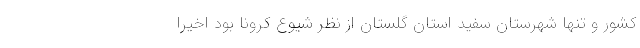
کشور و تنها شهرستان سفید استان گلستان از نظر شیوع کرونا بود اخیرا